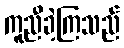
ကူညီခဲ့ကြသည်